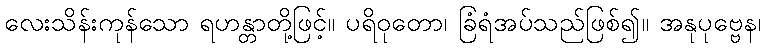
လေးသိန်းကုန်သော ရဟန္တာတို့ဖြင့်။ ပရိဝုတော၊ ခြံရံအပ်သည်ဖြစ်၍။ အနုပုဗ္ဗေန၊